Annual administration report of the Civil Veterinary Department, Ajmere-Merwara, British Rajputana - 1914-1940
Year: 1914
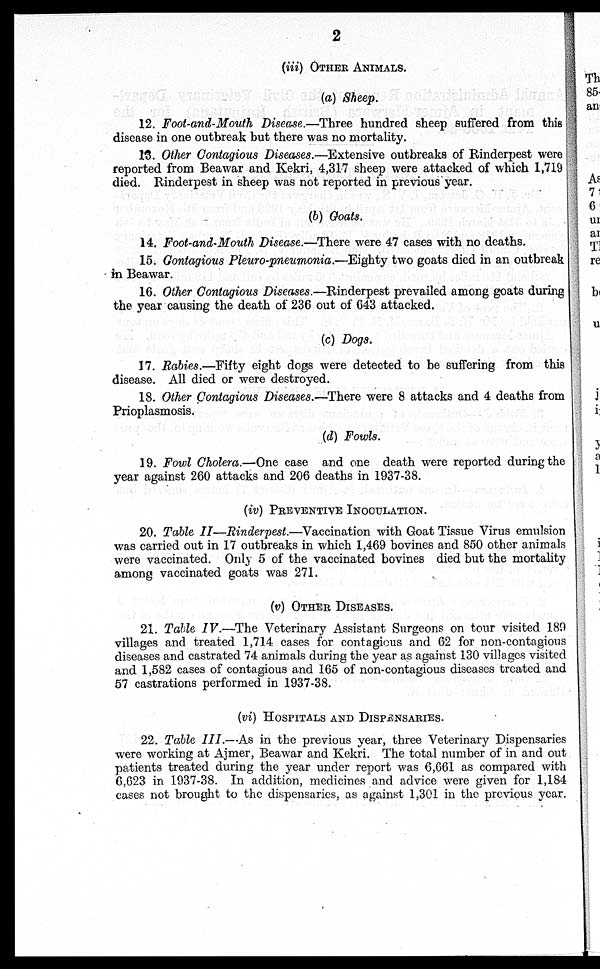
2
(iii) OTHER ANIMALS.
(a) Sheep.
12. Foot-and-Mouth Disease.—Three hundred sheep suffered from this
disease in one outbreak but there was no mortality.
13. Other Contagious Diseases.—Extensive outbreaks of Rinderpest were
reported from Beawar and Kekri, 4,317 sheep were attacked of which 1,719
died. Rinderpest in sheep was not reported in previous year.
(b) Goats.
14. Foot-and-Mouth Disease.—There were 47 cases with no deaths.
15. Contagious Pleuro-pneumonia .—Eighty two goats died in an outbreak
in Beawar.
16. Other Gontagious Diseases.—Rinderpest prevailed among goats during
the year causing the death of 236 out of 643 attacked.
(c) Dogs.
17. Rabies.—Fifty eight dogs were detected to be suffering from this
disease. All died or were destroyed.
18. Other Contagious Diseases.—There were 8 attacks and 4 deaths from
Prioplasmosis.
(d) Fowls.
19. Fowl Cholera.—One case and one death were reported during the
year against 260 attacks and 206 deaths in 1937-38.
(iv) PREVENTIVE INOCULATION.
20. Table II—Rinderpest.—Vaccination with Goat Tissue Virus emulsion
was carried out in 17 outbreaks in which 1,469 bovines and 850 other animals
were vaccinated. Only 5 of the vaccinated bovines died but the mortality
among vaccinated goats was 271.
(v) OTHER DISEASES.
21. Table IV.—The Veterinary Assistant Surgeons on tour visited 189
villages and treated 1,714 cases for contagious and 62 for non-contagious
diseases and castrated 74 animals during the year as against 130 villages visited
and 1,582 cases of contagious and 165 of non-contagious diseases treated and
57 castrations performed in 1937-38.
(vi) HOSPITALS AND DISPENSARIES.
22. Table III.—As in the previous year, three Veterinary Dispensaries
were working at Ajmer, Beawar and Kekri. The total number of in and out
patients treated during the year under report was 6,661 as compared with
6,623 in 1937-38. In addition, medicines and advice were given for 1,184
cases not brought to the dispensaries, as against 1,301 in the previous year.